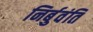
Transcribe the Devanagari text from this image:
निर्बुवंति